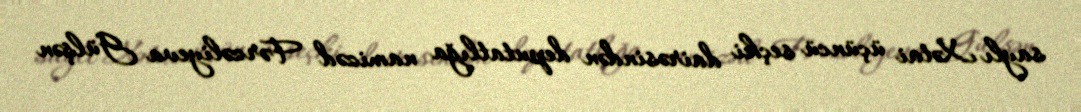
saylı Xətai üçüncü seçki dairəsindən deputatlığa namizəd Fərzəliyeva Gülşən